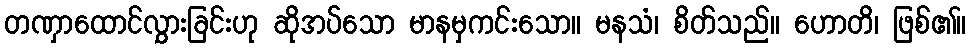
တဏှာထောင်လွှားခြင်းဟု ဆိုအပ်သော မာနမှကင်းသော။ မနသံ၊ စိတ်သည်။ ဟောတိ၊ ဖြစ်၏။